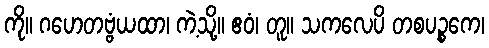
ကို။ ဂဟေတဗ္ဗံယထာ၊ ကဲ့သို့။ ဧဝံ၊ တူ။ သကလေပိ တစပဉ္စကေ၊